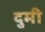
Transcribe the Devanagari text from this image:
दुमी